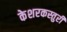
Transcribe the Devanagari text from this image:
केशरकस्तुरी